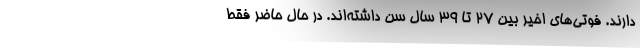
دارند. فوتی‌های اخیر بین 27 تا 39 سال سن داشته‌اند. در حال حاضر فقط